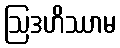
ဩဒဟိဿာမ